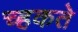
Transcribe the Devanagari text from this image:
च्हकते